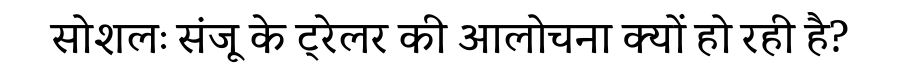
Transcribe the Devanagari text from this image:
सोशलः संजू के ट्रेलर की आलोचना क्यों हो रही है?